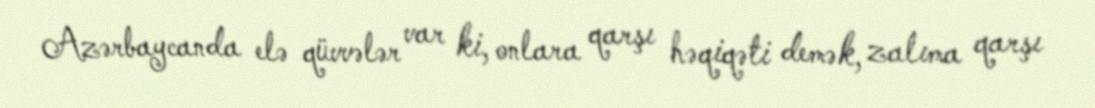
Azərbaycanda elə qüvvələr var ki, onlara qarşı həqiqəti demək, zalıma qarşı